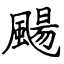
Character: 颺